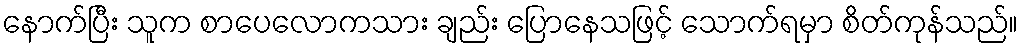
နောက်ပြီး သူက စာပေလောကသား ချည်း ပြောနေသဖြင့် သောက်ရမှာ စိတ်ကုန်သည်။